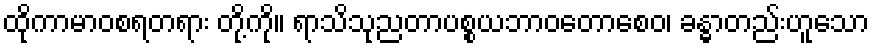
ထိုကာမာဝစရတရား တို့ကို။ ရာသိသုညတာပစ္စယဘာဝတောစေဝ၊ ခန္ဓာတည်းဟူသော